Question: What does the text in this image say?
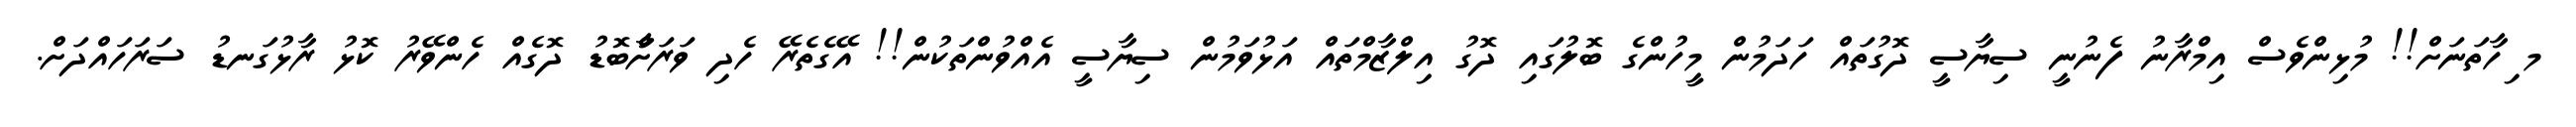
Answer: މ ިހާތަނަށް!! މުޅިންވެސް އިމްރާނު ފެނުނީ ސިޔާސީ ދޮގުތައް ހަދަމުން މީހުންގެ ބޮލުގައި ދޮގު އިލްޒާމްތައް އަޅުވަމުން ސިޔާސީ އެއްވުންތަކުން!! އޭގެތެރޭ ހެދި ވަރަށާްބޮޑު ދޮގެއް ހެންވޭރު ކޮޅު ރާޅުގަނޑު ސަރަހައްދަށް.